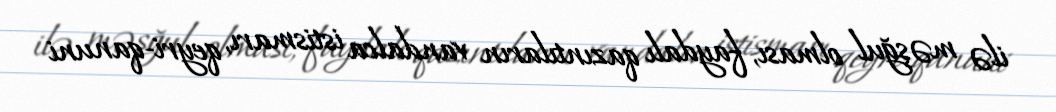
ilə məşğul olması, faydalı qazıntıların vandalca istismarı, qeyri-qanuni